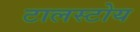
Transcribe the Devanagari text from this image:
टालस्टोय